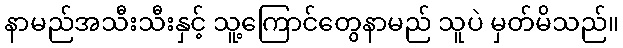
နာမည်အသီးသီးနှင့် သူ့ကြောင်တွေနာမည် သူပဲ မှတ်မိသည်။